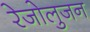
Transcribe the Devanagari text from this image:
रेजोलुजन